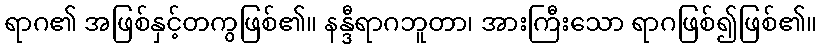
ရာဂ၏ အဖြစ်နှင့်တကွဖြစ်၏။ နန္ဒီရာဂဘူတာ၊ အားကြီးသော ရာဂဖြစ်၍ဖြစ်၏။